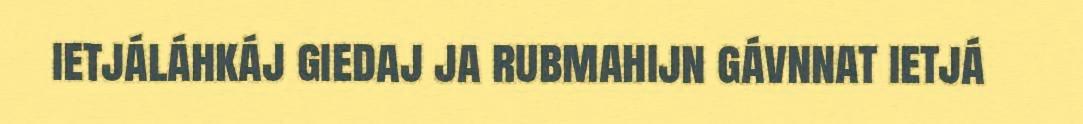
ietjáláhkáj giedaj ja rubmahijn gávnnat ietjá